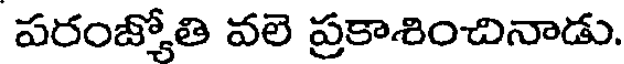
పరంజ్యోతి వలె ప్రకాశించినాడు.